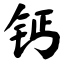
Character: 钙